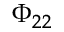
\Phi _ { 2 2 }